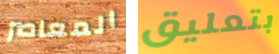
المعاصر بتعليق